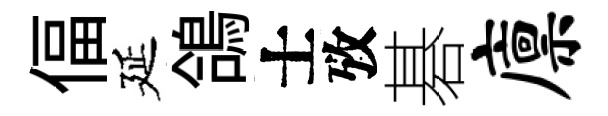
偪延鴿士攷碁廪